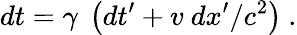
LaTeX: dt=\gamma\ \left(dt^{\prime}+v\ dx^{\prime}/c^{2}\right)\ .